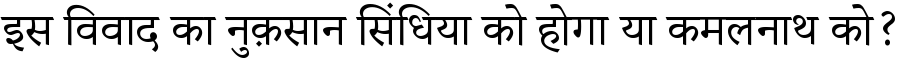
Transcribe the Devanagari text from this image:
इस विवाद का नुक़सान सिंधिया को होगा या कमलनाथ को?